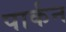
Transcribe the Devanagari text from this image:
पार्कन